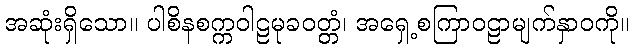
အဆုံးရှိသော။ ပါစိနစက္ကဝါဠမုခဝတ္တံ၊ အရှေ့စကြာဝဠာမျက်နှာဝကို။